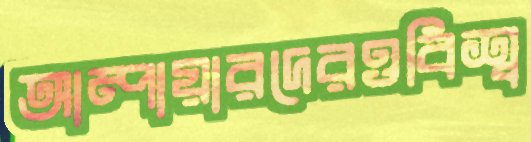
আম্পায়ারদেরওবিশ্ব